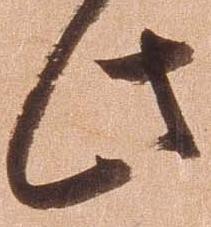
此